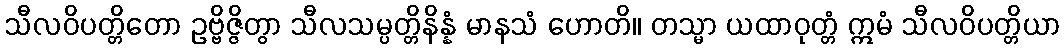
သီလဝိပတ္တိတော ဥဗ္ဗိဇ္ဇိတွာ သီလသမ္ပတ္တိနိန္နံ မာနသံ ဟောတိ။ တသ္မာ ယထာဝုတ္တံ ဣမံ သီလဝိပတ္တိယာ